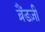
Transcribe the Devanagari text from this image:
ब्रैंडज़ी